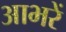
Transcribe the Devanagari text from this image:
आभरें